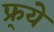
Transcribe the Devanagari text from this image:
फ्र्ये